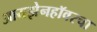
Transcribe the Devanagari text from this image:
आयझेनहॉवरचा